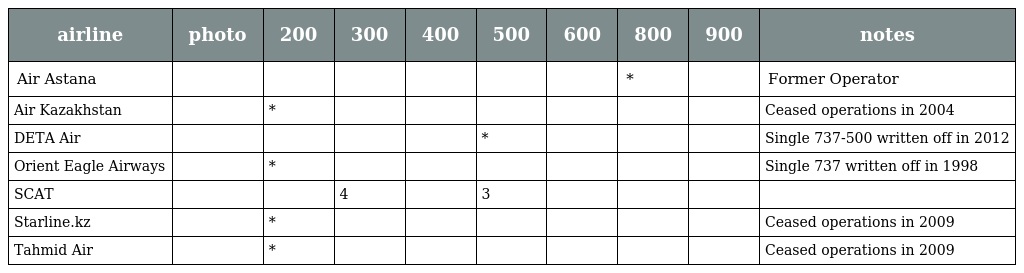
| airline | photo | 200 | 300 | 400 | 500 | 600 | 800 | 900 | notes |
 | --- | --- | --- | --- | --- | --- | --- | --- | --- | --- |
 | Air Astana |  |  |  |  |  |  | * |  | Former Operator |
 | Air Kazakhstan |  | * |  |  |  |  |  |  | Ceased operations in 2004 |
 | DETA Air |  |  |  |  | * |  |  |  | Single 737-500 written off in 2012 |
 | Orient Eagle Airways |  | * |  |  |  |  |  |  | Single 737 written off in 1998 |
 | SCAT |  |  | 4 |  | 3 |  |  |  |  |
 | Starline.kz |  | * |  |  |  |  |  |  | Ceased operations in 2009 |
 | Tahmid Air |  | * |  |  |  |  |  |  | Ceased operations in 2009 |